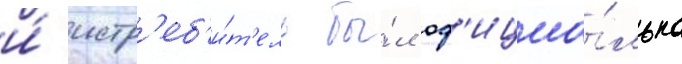
и́ истр'еб'и́т'ель бы́л оф'ициа́льно